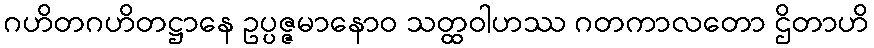
ဂဟိတဂဟိတဋ္ဌာနေ ဥပ္ပဇ္ဇမာနောဝ သတ္ထဝါဟဿ ဂတကာလတော ဌိတာဟိ